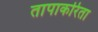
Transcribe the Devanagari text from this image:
तापाकरिता